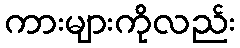
ကားများကိုလည်း